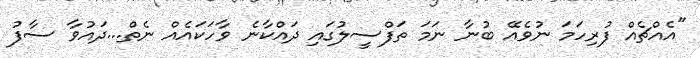
"އެއްޗެއް ފުރިހަމަ ނުވެއޭ ބުނާ ނަމަ ތަފްސީލުގައި ދައްކާނެ ވާހަކައެއް ނެތް...ދައުވާ ސާފު